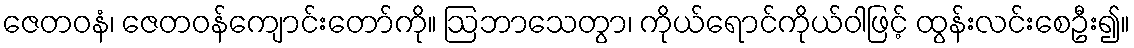
ဇေတဝနံ၊ ဇေတဝန်ကျောင်းတော်ကို။ ဩဘာသေတွာ၊ ကိုယ်ရောင်ကိုယ်ဝါဖြင့် ထွန်းလင်းစေဦး၍။